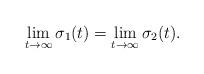
LaTeX: \begin{align*}\lim_{t \rightarrow \infty} \sigma_1(t)=\lim_{t \rightarrow \infty} \sigma_2(t).\end{align*}